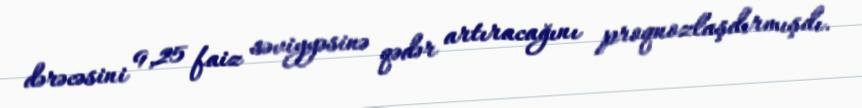
dərəcəsini 9,25 faiz səviyyəsinə qədər artıracağını proqnozlaşdırmışdı.